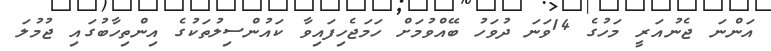
އަންނަ ޖެނުއަރީ މަހުގެ 14ވަނަ ދުވަހު ބޭއްވުމަށް ހަމަޖެހިފައިވާ ކައުންސިލުތަކުގެ އިންތިހާބުގައި ޖުމުލަ